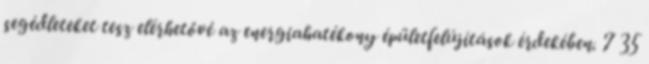
segédleteket tesz elérhetővé az energiahatékony épületfelújítások érdekében. 7 35